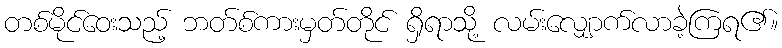
တစ်မိုင်ဝေးသည့် ဘတ်စ်ကားမှတ်တိုင် ရှိရာသို့ လမ်းလျှောက်လာခဲ့ကြရ၏။